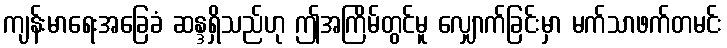
ကျန်းမာရေးအခြေခံ ဆန္ဒရှိသည်ဟု ဤအကြိမ်တွင်မူ လျှောက်ခြင်းမှာ မက်သာဖက်တမင်း